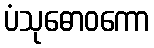
ပံသုဓောဝကော